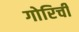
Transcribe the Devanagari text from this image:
गोरिची